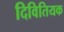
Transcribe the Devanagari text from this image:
दिवितियक